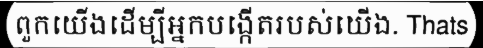
ពួកយើងដើម្បីអ្នកបង្កើតរបស់យើង. Thats